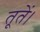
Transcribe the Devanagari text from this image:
तूतें।